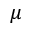
\mu